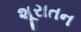
શૂરાતન